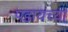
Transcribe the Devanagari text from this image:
पडायच्या